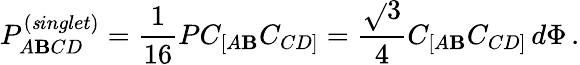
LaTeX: P_{A\mathbf{B}CD}^{\left({\mathit{s}inglet}\right)}=\frac{{1}}{{16}}PC_{[A\mathbf{B}}C_{CD]}=\frac{{\sqrt{}{{3}}}}{{4}}C_{[A\mathbf{B}}C_{CD]}\, d\Phi\, .